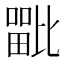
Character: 𭻦